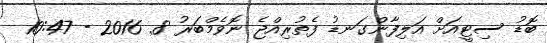
ބޮޑު ސިޓީއަށް އަލިފާންގަނޑު ފެތުރިއްޖެ ނޮވެމްބަރު 8